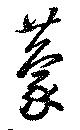
蒙